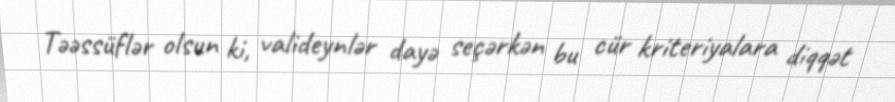
Təəssüflər olsun ki, valideynlər dayə seçərkən bu cür kriteriyalara diqqət